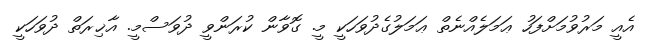
އެއީ މަރުވުމަށްފަހު ޢަމަލެއްނެތް ޢަމަލުގެދުވަހަކީ މީ. ގޮވާން ކުރަންވީ ދުވަސްމީ. އާޚިރަތް ދުވަހަކީ